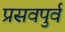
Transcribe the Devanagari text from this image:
प्रसवपुर्व